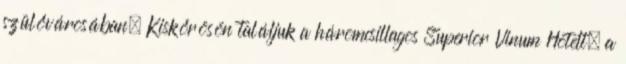
szülővárosában, Kiskőrösön találjuk a háromcsillagos Superior Vinum Hotelt, a